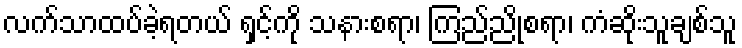
လက်သာထပ်ခဲ့ရတယ် ရှင့်ကို သနားစရာ၊ ကြည်ညိုစရာ၊ ကံဆိုးသူချစ်သူ